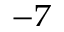
^ { - 7 }